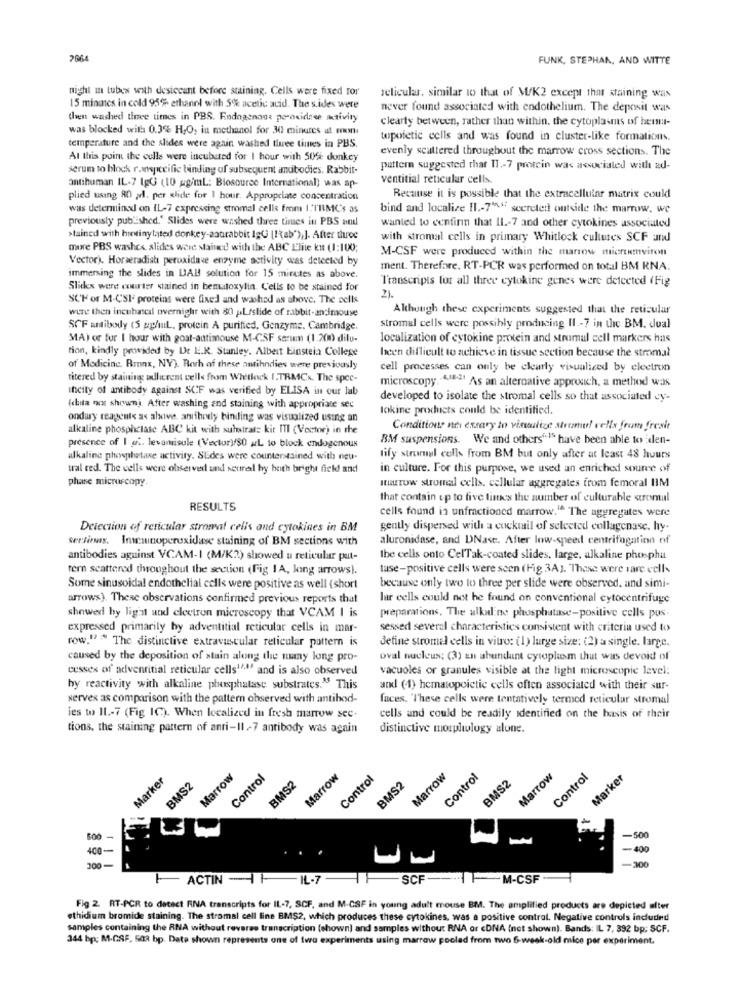
2664
FUNK, STEPHAN, AND WITTE
night in tubes with desiccant before staining. Cells were fixed ror
Jelicular. similar to that of M/K2 except that staining was
15 minutes in cold 95% ethanol with 5% acetic acid. The sides were
never found associated with endothelium. The deposit was
then washed three times in PBS. Endogenone peroxidnee activity
clearly between, rather than within. the cytoplasmns of hem-
was blocked with 0.3% H.O, in methanol for 30 minutes at em
topoietic cells and was found in cluster-like formations.
temperature and the slides were again washed three times in PBS.
evenly scattered throughout the marrow cross sections. The
At this point the cells were incubated for I hour with 50 donkey
serum to block r.whopecific binding of subsequent antibodies. Rabbit-
pattern suggested that I1 .- 7 protein was associated with ad-
ventitial reticular cells.
antihuman IL-7 1gG (10 g/ml: Biosource International) was ap-
plied using 80 al. per slide for 1 hour. Appropriate concentration
Because it is possible that the extracellular matrix could
was determined on IL-7 expressing stromal cells from 1.TRIMC's as
bind and localize II .- 7"," secreted outside the marrow, we
previously published.' Slides were washed three times in PBS atul
wanted to confirm that 11 .- 7 and other cytokines associated
>tained with hietinylated donkey-aatrabbit IgG [Hab'),]. After three
with stromal cells in primary Whitlock cultures SCF and
more PBS washes slides were stained with the ABC Elite kn (1:100;
M-CSF were produced within the marrow micruenviron
Vector). Horseradish peroxidave enzyme activity was detected by
ment. Therefare. RT-PCR was performed on total BM RNA.
immersing the slides in LAB solution for 15 minutes as above.
l'ranscripts for all three cytokine genes were detected (Fig
Slides were courter stained in bemaloxylin. C'ells to be stained for
SCH of M-CSI- proteins were fixed and washad as above. The cells
2).
wire then incubascal overnight with 80 L/slide of rabbit-andImouse
Although these experiments suggested that the reticular
SCF antibody (5 gghul, protein A purified. Genzyme. Cambridge,
stromal cells were possibly producing II .- 7 in the BM. dual
MA) or for I hour with goat-autimouse M-CSF serum (1.200 dilu-
localization of cytokine protein and stromal cell markers has
tion, kindly provided by De L.K. Stanley. Albert Einstein College
heen difficult to achieve in tissue section because the stromal
of Modicinc. Bronx, NV). Both of these antihndies were previously
cell processes can only be clearly visualized by electron
titered by staining adherent cells from Whitlock I.TRACK. The spec-
microscopy .- LIEs As an alternative approach, a method was
Iticity of antibody against SCF was verified by ELISA in our lab
developed to isolate the stromal cells so that associated dy-
(huta ou shown). After washing and staining with appropriate sec
lokine products could be identified.
ondary reagente as above. anihody binding was visualized using an
alkaline phosphclase ABC kit with substrat: kit ITI (Vector) in the
Conditions nei eszary to visualize stranu! vella from frexit
BM suspensions. We and others"Is have been able to den-
presence of I at. levamisule (Vector)/80 aL to block endogenous
alkaline phosphatase activity. SEdes were counterstained with neu-
lify stromel colls from BM but only after at least 48 hours
tral red. The cells were observed and scure by both bright field and
in culture. For this purpose, we used an enriched source of
phase microscopy.
ItHarTow stromal cells. cellular aggregates from femoral HIM
that contain up to five times the number of culturable aromal
RESULTS
cells found in unfractioned marrow." The aggregates were
Detection of reticular stromal cells and cytokines in BM
gently dispersed with a cocktail of selected collagenase. hy-
serlinas. Inimnoperoxidase staining of BM sections with
aluronidase, and DNase. After low-speed centrifugation of
antibodies aguinst VCAM-1 (M/K2) showed u reticular put-
Ibe cells onto CelTak-coated slides, large, alkaline phosphat
tern scattered throughout the section (Fig IA, ling arrows).
tase-positive cells were seen (Fig 3A). These were vare well
Some sinusoidal endothelial cells were positive as well (short
because only two to three per slide were observed, and simi-
arrows). These observations confirmed previous reports that
lar cells could not he found on conventional cytocentrifuge
showed hy light and electron microscopy that VCAM I is
preparations. The alkaline phosphatase-positive cells pos.
expressed primarily hy adventitial reticular cells in mar-
sessed several characteristics consistent with criteria used to
row." " The distinctive extravuscular reticular pattern is
detine stromal cells in vitro: (1) large size: (2) a single. large.
caused by the deposition of stain along the many long pro-
oval nucleus; (3) an abundant cytoplasm that was devoid of
cesses of' adventitial reticular cells1".ª' and is also observed
vacuoles or granules visible at the light microscopie level:
by reactivity with alkaline phosphatase substrates." This
and (4) hematopoietic cells often associated with their sur-
serves as comparison with the pattern observed with antibod-
faces. 'l'hese cells were tentatively termed reticular stromal
ies to 11 .- 7 (Fig IC). When localized in fresh marrow sec.
cells and could be readily identified on the basis of their
tions, the staining pattern of anti-Il-7 antibody was again
distinctive morphology alone.
Marrow
Marrow
Marrow
Control
Marrow
Control
Marker
BMS2
Control
BMS2
Control
BMS2
BMS2
Marker
-
-500
400-
-400
300
-
-300
ACTIN -IL.7-SCF
1FM-CSF
Fig 2. RT-PCR to detect RNA transcripts for IL-7, SCF, and M-CSF in young adult mouse BM. The amplified products are depicted ulter
ethidium bromide staining. The stromal cell line BMS2, which produces these cytokines, was a positive control. Negative controls included
samples containing the RNA without reverse transcription (shown] and samples withour RNA or cDNA (not shown). Bands: IL 7, 392 bp; SCF.
344 bp: M.GSF, 503 bp. Date shown represents one of two experiments using marrow pooled from two 6-week-old mice per experiment.